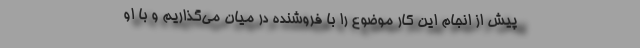
پیش از انجام این کار موضوع را با فروشنده در میان می‌گذاریم و با او